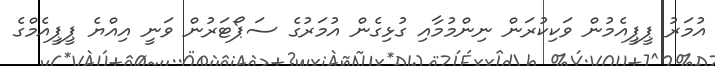
އުމަރު ޕީޕީއެމުން ވަކިކުރަން ނިންމުމާއި ގުޅިގެން އުމަރުގެ ސަޕޯޓަރުން ވަނީ އިއްޔެ ޕީޕީއެމްގެ